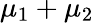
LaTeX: \mu_{1}+\mu_{2}